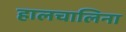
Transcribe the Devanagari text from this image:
हालचालिना